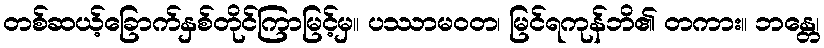
တစ်ဆယ့်ခြောက်နှစ်တိုင်ကြာမြင့်မှ။ ပဿာမဝတ၊ မြင်ရကုန်ဘိ၏ တကား။ ဘန္တေ၊